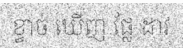
ខ្វាច់ ឃើញ ផ្លែ ដាវ